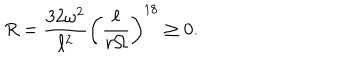
R = \frac { 3 2 \omega ^ { 2 } } { \ell ^ { 2 } } \left( \frac { \ell } { r \Omega } \right) ^ { 1 8 } \ge 0 .